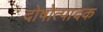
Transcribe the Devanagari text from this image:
दोषोत्पादक